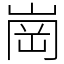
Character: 崗